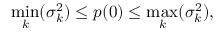
\operatorname* { m i n } _ { k } ( \sigma _ { k } ^ { 2 } ) \leq p ( 0 ) \leq \operatorname* { m a x } _ { k } ( \sigma _ { k } ^ { 2 } ) ,